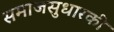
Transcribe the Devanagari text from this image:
समाजसुधारकी